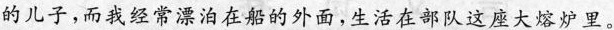
的儿子，而我经常漂泊在船的外面，生活在部队这座大熔炉里。